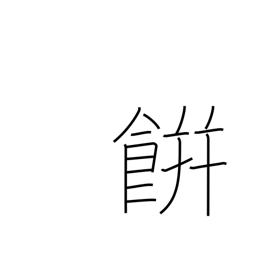
Meaning: rice cake